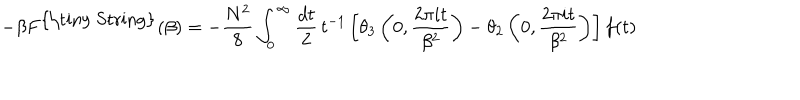
- \beta F ^ { \mathrm { { \tiny ~ S t r i n g } } } ( \beta ) = - \frac { N ^ { 2 } } { 8 } \int _ { 0 } ^ { \infty } \frac { d t } { 2 } \, t ^ { - 1 } \left[ \theta _ { 3 } \left( 0 , \frac { 2 \pi i t } { \beta ^ { 2 } } \right) - \theta _ { 2 } \left( 0 , \frac { 2 \pi i t } { \beta ^ { 2 } } \right) \right] f ( t )